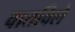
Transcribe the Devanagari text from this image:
वातविले